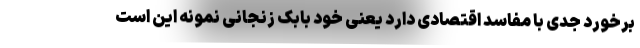
برخورد جدی با مفاسد اقتصادی دارد یعنی خود بابک زنجانی نمونه این است